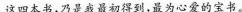
这四本书，乃是我最初得到，最为心爱的宝书。